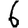
Digit: 6